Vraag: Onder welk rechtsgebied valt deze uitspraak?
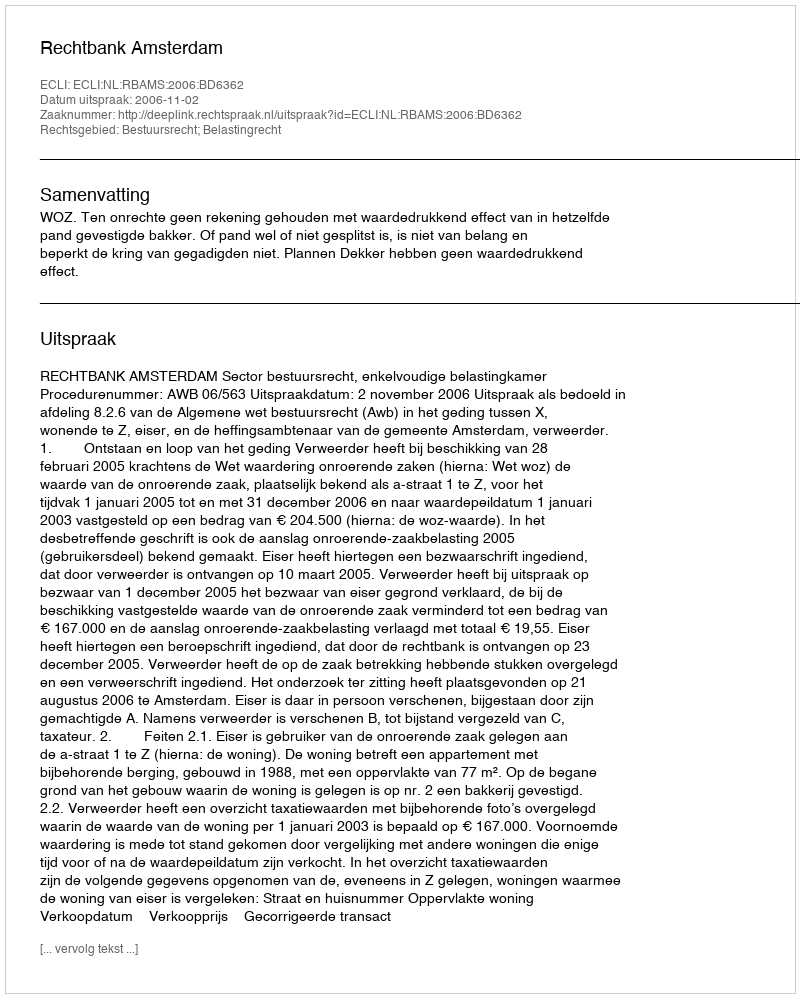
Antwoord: Bestuursrecht; Belastingrecht